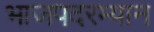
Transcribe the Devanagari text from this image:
भाजपदरम्यान